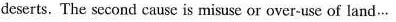
deserts. The second cause is misuse or over-use of land…